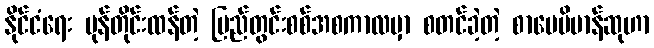
နိုင်ငံရေး မုန်တိုင်းထန်တဲ့ ပြည်တွင်းစစ်အစကာလမှာ စတင်ခဲ့တဲ့ စာပေဗိမာန်ဆုဟာ